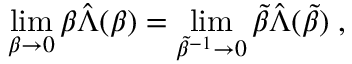
\operatorname * { l i m } _ { \beta \rightarrow 0 } \beta \hat { \Lambda } ( \beta ) = \operatorname * { l i m } _ { \tilde { \beta } ^ { - 1 } \rightarrow 0 } \tilde { \beta } \hat { \Lambda } ( \tilde { \beta } ) \; ,